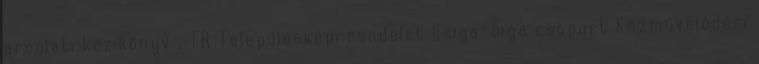
arculati kézikönyv , TR Településképi rendelet Csiga-biga csoport Közművelődési